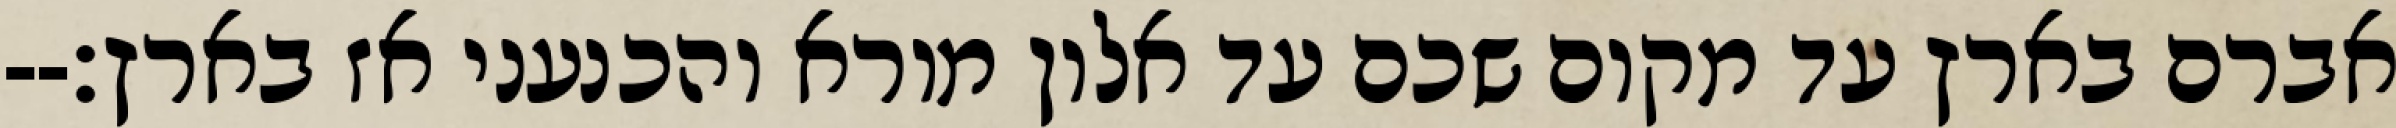
אברם בארץ עד מקום שכם עד אלון מורא והכנעני אז בארץ׃--